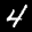
Label: 4